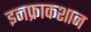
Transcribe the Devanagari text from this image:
इनफ्राकशान